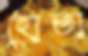
হোতা